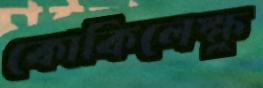
কোকিলেক্ষু